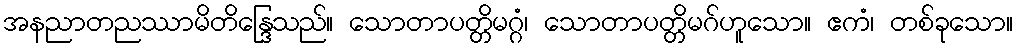
အနညာတညဿာမိတိန္ဒြေသည်။ သောတာပတ္တိမဂ္ဂံ၊ သောတာပတ္တိမဂ်ဟူသော။ ဧကံ၊ တစ်ခုသော။